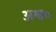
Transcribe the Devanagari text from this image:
अश्व०